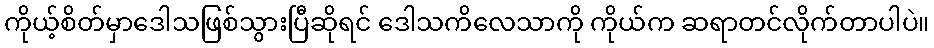
ကိုယ့်စိတ်မှာဒေါသဖြစ်သွားပြီဆိုရင် ဒေါသကိလေသာကို ကိုယ်က ဆရာတင်လိုက်တာပါပဲ။